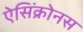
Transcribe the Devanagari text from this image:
ऐसिंक्रोनस